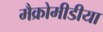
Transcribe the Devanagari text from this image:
मैक्रोमीडीया